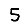
Digit: 5